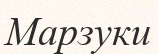
Марзуки